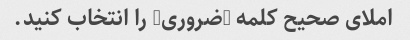
املای صحیح کلمه "ضروری" را انتخاب کنید.